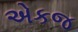
એકજ